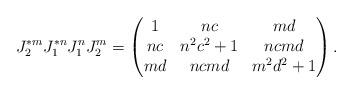
LaTeX: \begin{align*}J_2^{*m}J_1^{*n}J_1^nJ_2^m=\begin{pmatrix}1& nc & md\\ nc & n^2c^2+1 & ncmd\\ md & ncmd & m^2d^2+1\end{pmatrix}. \end{align*}